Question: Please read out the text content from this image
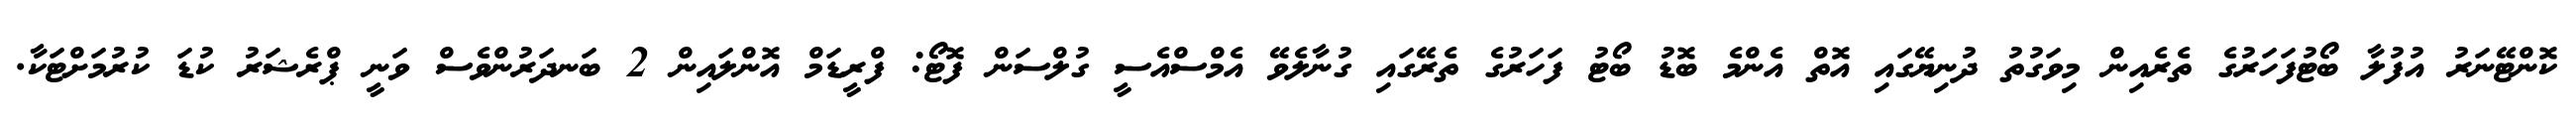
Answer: ކޮންޓޭނަރު އުފުލާ ބޯޓުފަހަރުގެ ތެރެއިން މިވަގުތު ދުނިޔޭގައި އޮތް އެންމެ ބޮޑު ބޯޓު ފަހަރުގެ ތެރޭގައި ގުނާލެވޭ އެމްސްއެސީ ގުލްސަން ފޮޓޯ: ފްރީޑަމް އޮންލައިން 2 ބަނދަރުންވެސް ވަނީ ޕްރެޝަރު ކުޑަ ކުރުމަށްޓަކާ.